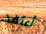
أعتقد